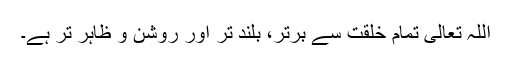
اللہ تعالی تمام خلقت سے برتر، بلند تر اور روشن و ظاہر تر ہے۔